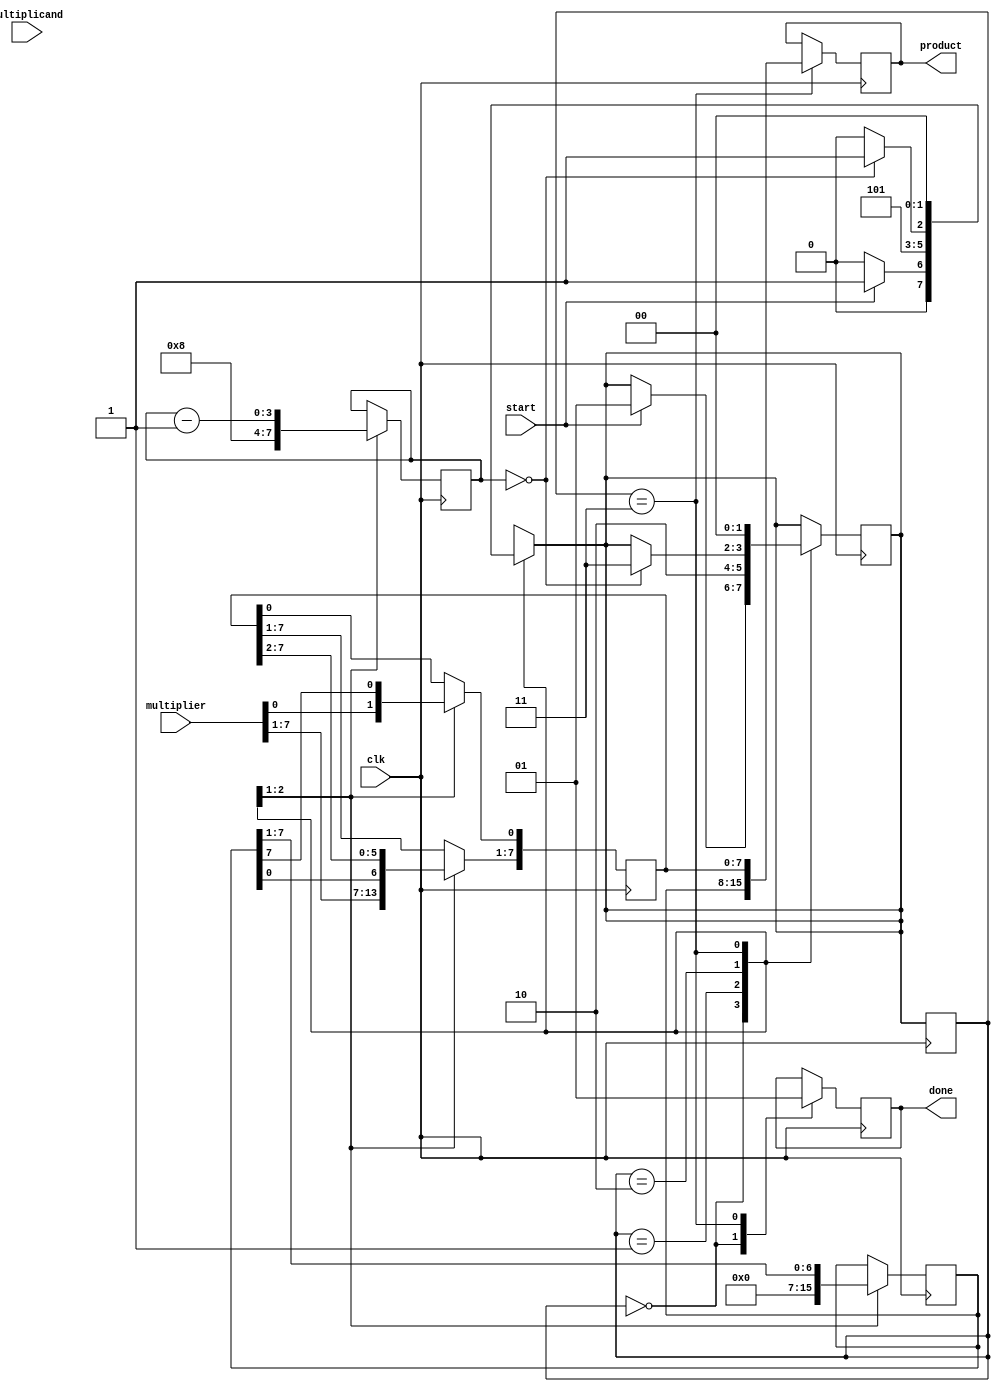
module BoothMultiplier #(parameter n = 8) (
    input wire clk,
    input wire start,
    input wire signed [n-1:0] multiplicand,
    input wire signed [n-1:0] multiplier,
    output reg signed [2*n-1:0] product,
    output reg done
);

// State encoding
localparam IDLE = 2'b00,
           INIT = 2'b01,
           CALC = 2'b10,
           DONE = 2'b11;

reg [1:0] state, next_state;

// Registers
reg signed [n-1:0] A;      // Accumulator
reg signed [n-1:0] Q;      // Multiplier
reg signed [n-1:0] M;      // Negated multiplicand
reg Qm1;                   // Q-1
reg [3:0] count;           // Counter for n iterations

// Sequential Logic
always @(posedge clk) begin
    case (state)
        IDLE: begin
            if (start) begin
                next_state <= INIT;
            end
            done <= 0;
        end

        INIT: begin
            A <= 0;                          // Initialize A to 0
            Q <= multiplier;                 // Load multiplier
            Qm1 <= 0;                        // Initialize Q-1 to 0
            M <= ~multiplicand + 1;          // Negate multiplicand
            count <= n;                      // Set count to n
            next_state <= CALC;
        end

        CALC: begin
            // Decide based on Q[0] and Qm1
            if (Q[0] == 1'b0 && Qm1 == 1'b1) begin
                A <= A + M;                  // A = A - M (Subtraction is done via addition of negated M)
            end else if (Q[0] == 1'b1 && Qm1 == 1'b0) begin
                A <= A + multiplicand;       // A = A + multiplicand
            end

            // Arithmetic right shift
            {A, Q} <= {A, Q} >> 1;
            Q[0] <= A[n-1];                 // MSB of A becomes Q-1
            Qm1 <= Q[n-1];                  // Current LSB of Q becomes Qm1

            count <= count - 1;             // Decrement count
            if (count == 0)
                next_state <= DONE;
        end

        DONE: begin
            product <= {A, Q};               // Combine A and Q for final product
            done <= 1;                       // Set done signal
            next_state <= IDLE;              // Go back to idle state
        end
    endcase
end

// Combinational Logic for State Transition
always @(*) begin
    case (state)
        IDLE: next_state = (start) ? INIT : IDLE;
        INIT: next_state = CALC;
        CALC: next_state = (count == 0) ? DONE : CALC;
        DONE: next_state = IDLE;
        default: next_state = IDLE;
    endcase
end

// State Register
always @(posedge clk) begin
    state <= next_state;
end

endmodule